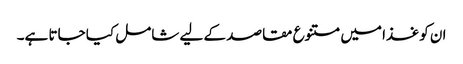
ان کو غذا میں متنوع مقاصد کے لیے شامل کیا جاتا ہے۔